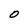
Character: O